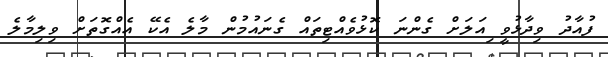
ފުއާދު ވިދާޅުވީ ިއަލަށް ގެންނަ ކޮޅުވެއްޓިތައް ގެނައުމުން މާލެ އެކޭ އެއްގޮތަށް ވިލިމާލެ